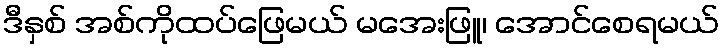
ဒီနှစ် အစ်ကိုထပ်ဖြေမယ် မအေးဖြူ၊ အောင်စေရမယ်